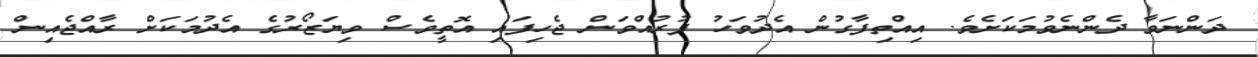
ދަންނަވާ ދެންނެވުމަކަށެވެ. އިއްތިފާގުން އެދުވަހު ފުރުއްވަން ޖެހިފައި އޮތީވެސް ވިޔަޒޯރުގެ އެދުމަކަށް ރާއްޖެއިން